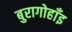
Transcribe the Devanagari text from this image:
बुरागोहाँइ